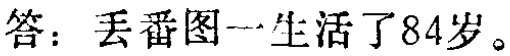
答：丢番图一生活了84岁。